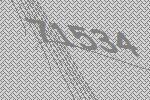
71534